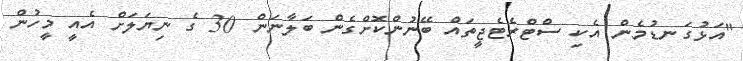
"އަޅުގަނޑުމެން އެކި ސްޓްރެޓެޖީތައް ބޭނުންކޮށްގެން ބަލާނަން 30 ގެ ނިޔަލަށް އެއީ މީހުން